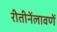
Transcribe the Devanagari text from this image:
रीतीनेंलावणें